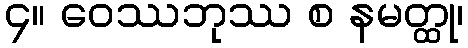
၄။ ဝေဿဘုဿ စ နမတ္ထု၊